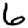
Digit: 6